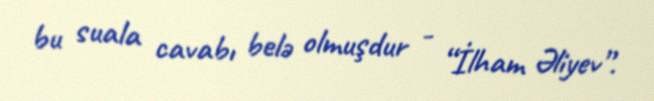
bu suala cavabı belə olmuşdur - “İlham Əliyev”.